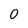
Character: O